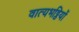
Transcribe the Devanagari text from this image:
वात्यभट्ठियों